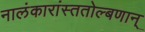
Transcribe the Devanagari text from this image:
नालंकारांस्ततोल्बणान्